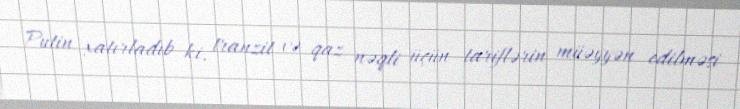
Putin xatırladıb ki, tranzit və qaz nəqli üçün tariflərin müəyyən edilməsi